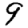
Digit: 9